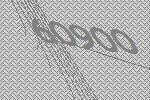
60900